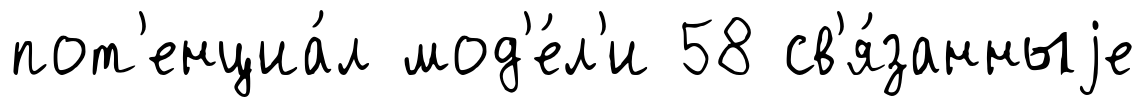
пот'енциа́л мод'е́л'и 58 св'я́занныjе